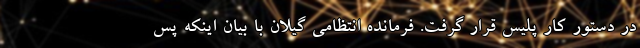
در دستور کار پلیس قرار گرفت. فرمانده انتظامی گیلان با بیان اینکه پس